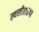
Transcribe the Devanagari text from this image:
स्थली॥१६४॥